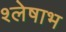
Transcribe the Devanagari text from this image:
श्लेषाभ